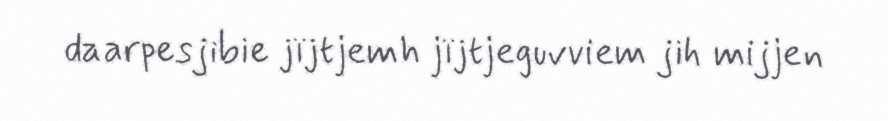
daarpesjibie jïjtjemh jïjtjeguvviem jih mijjen